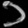
Digit: ၁